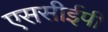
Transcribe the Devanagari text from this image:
एससीईपी